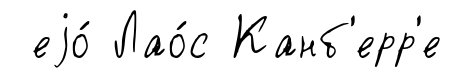
еjо́ Лао́с Канб'ерр'е